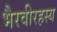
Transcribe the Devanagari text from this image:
भैरवीरहस्य